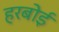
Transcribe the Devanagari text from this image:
हरबोई